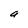
Character: a